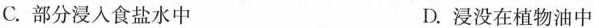
C.部分浸入食盐水中 D.浸没在植物油中